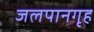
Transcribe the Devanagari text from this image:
जलपानगृह